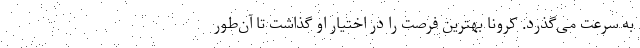
به سرعت می‌گذرد. کرونا بهترین فرصت را در اختیار او گذاشت تا آن‌طور